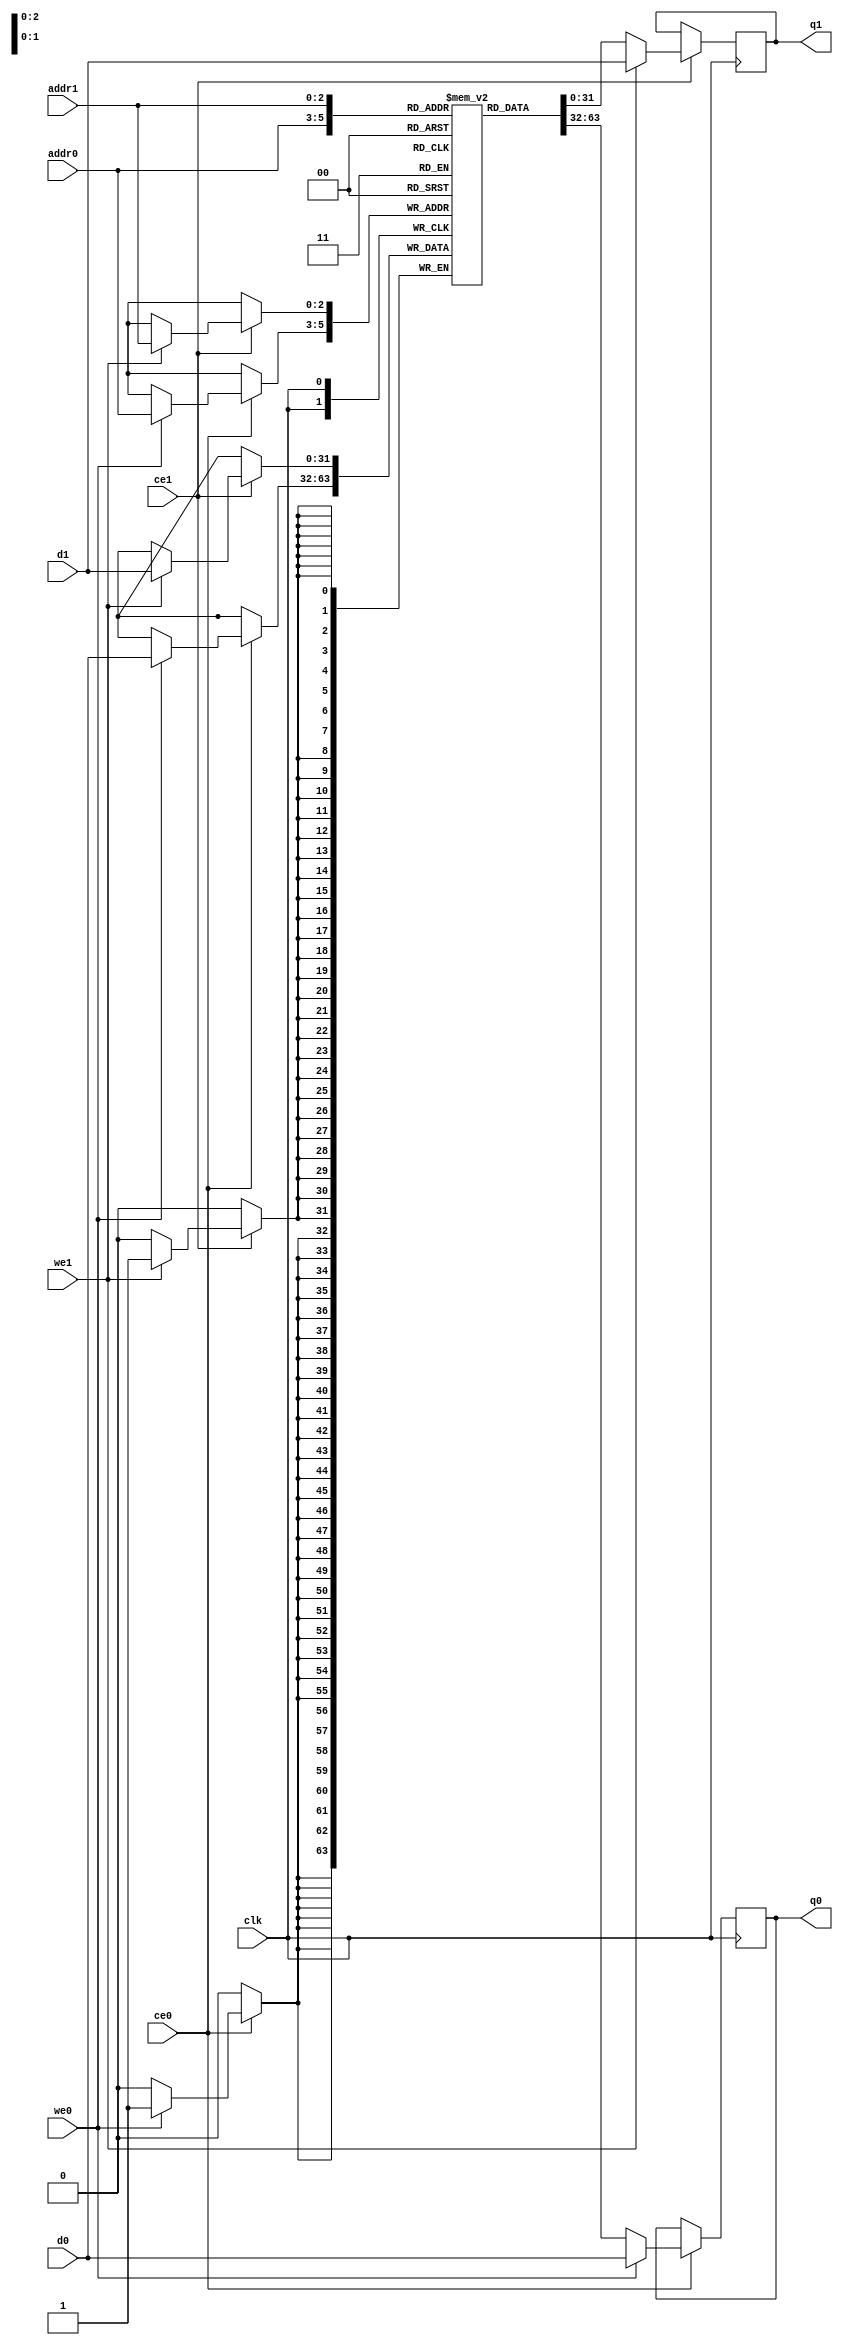
// ==============================================================
// File generated by Vivado(TM) HLS - High-Level Synthesis from C, C++ and SystemC
// Version: 2017.4.op
// Copyright (C) 1986-2018 Xilinx, Inc. All Rights Reserved.
// 
// ==============================================================

`timescale 1 ns / 1 ps
module merger_sizeInBits_ram (addr0, ce0, d0, we0, q0, addr1, ce1, d1, we1, q1,  clk);

parameter DWIDTH = 32;
parameter AWIDTH = 3;
parameter MEM_SIZE = 8;

input[AWIDTH-1:0] addr0;
input ce0;
input[DWIDTH-1:0] d0;
input we0;
output reg[DWIDTH-1:0] q0;
input[AWIDTH-1:0] addr1;
input ce1;
input[DWIDTH-1:0] d1;
input we1;
output reg[DWIDTH-1:0] q1;
input clk;

(* ram_style = "block" *)reg [DWIDTH-1:0] ram[0:MEM_SIZE-1];




always @(posedge clk)  
begin 
    if (ce0) 
    begin
        if (we0) 
        begin 
            ram[addr0] <= d0; 
            q0 <= d0;
        end 
        else 
            q0 <= ram[addr0];
    end
end


always @(posedge clk)  
begin 
    if (ce1) 
    begin
        if (we1) 
        begin 
            ram[addr1] <= d1; 
            q1 <= d1;
        end 
        else 
            q1 <= ram[addr1];
    end
end


endmodule


`timescale 1 ns / 1 ps
module merger_sizeInBits(
    reset,
    clk,
    address0,
    ce0,
    we0,
    d0,
    q0,
    address1,
    ce1,
    we1,
    d1,
    q1);

parameter DataWidth = 32'd32;
parameter AddressRange = 32'd8;
parameter AddressWidth = 32'd3;
input reset;
input clk;
input[AddressWidth - 1:0] address0;
input ce0;
input we0;
input[DataWidth - 1:0] d0;
output[DataWidth - 1:0] q0;
input[AddressWidth - 1:0] address1;
input ce1;
input we1;
input[DataWidth - 1:0] d1;
output[DataWidth - 1:0] q1;



merger_sizeInBits_ram merger_sizeInBits_ram_U(
    .clk( clk ),
    .addr0( address0 ),
    .ce0( ce0 ),
    .d0( d0 ),
    .we0( we0 ),
    .q0( q0 ),
    .addr1( address1 ),
    .ce1( ce1 ),
    .d1( d1 ),
    .we1( we1 ),
    .q1( q1 ));

endmodule